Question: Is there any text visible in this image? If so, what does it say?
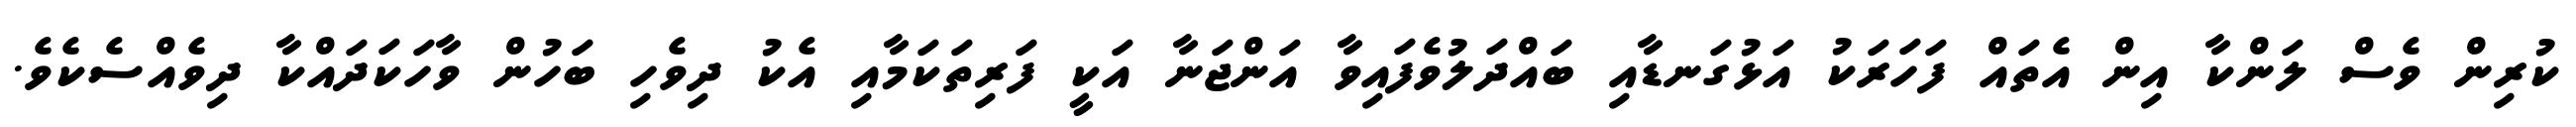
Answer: ކުރިން ވެސް ލަންކާ އިން އެތައް ފަހަރަކު އަޅުގަނޑާއި ބައްދަލުވެފައިވާ އަންޖަނާ އަކީ ފަރިތަކަމާއި އެކު ދިވެހި ބަހުން ވާހަކަދައްކާ ދިވެއްސެކެވެ.